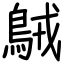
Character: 𪀚